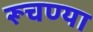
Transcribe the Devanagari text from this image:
रूचण्या